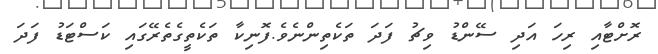
ރޮށްޓާއި ރިހަ އަދި ސޭންޑު ވިޗު ފަދަ ތަކެތިންނެވެ.ފޮނިކާ ތަކެތީގެތެރޭގައި ކަސްޓަޑު ފަދަ